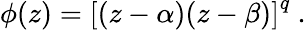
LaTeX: \phi(z)=\left[(z-\alpha)(z-\beta)\right]^{q}\ .